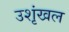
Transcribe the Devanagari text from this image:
उशृंखल